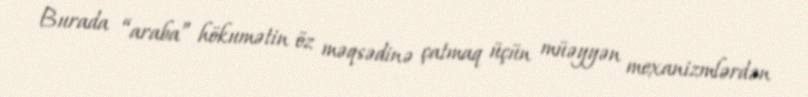
Burada “araba” hökumətin öz məqsədinə çatmaq üçün müəyyən mexanizmlərdən